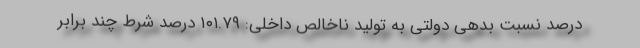
درصد نسبت بدهی دولتی به تولید ناخالص داخلی: ۱۰۱.۷۹ درصد شرط چند برابر